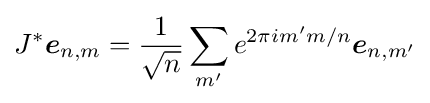
J^{*}{\boldsymbol {e}}_{n,m}={1 \over {\sqrt {n}}}\sum _{m'}e^{2\pi im'm/n}{\boldsymbol {e}}_{n,m'}